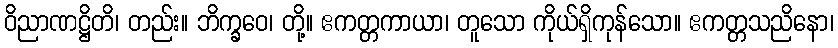
ဝိညာဏဋ္ဌိတိ၊ တည်း။ ဘိက္ခဝေ၊ တို့။ ဧကတ္တကာယာ၊ တူသော ကိုယ်ရှိကုန်သော။ ဧကတ္တသညိနော၊